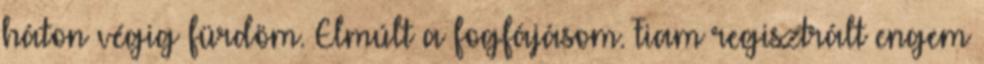
háton végig fürdöm. Elmúlt a fogfájásom. Fiam regisztrált engem